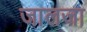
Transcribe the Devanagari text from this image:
जालजा